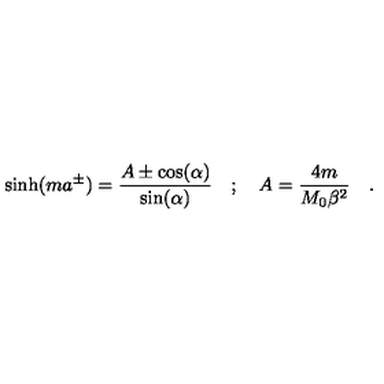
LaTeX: \sinh ( m a ^ { \pm } ) = \frac { A \pm \cos ( \alpha ) } { \sin ( \alpha ) } \quad ; \quad A = \frac { 4 m } { M _ { 0 } \beta ^ { 2 } } \quad .